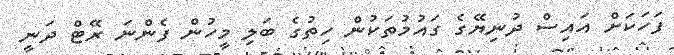
ފަހަކަށް އައިސް ދުނިޔޭގެ ގައުމުތަކުން ހިތުގެ ބަލި މީހުން ފެންނަ ރޭޓް ދަނީ